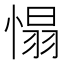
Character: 𢞠